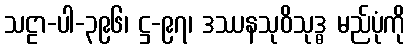
သဠာ-ပါ-၃၉၆၊ ဋ္ဌ-၉၇၊ ဒဿနသုဝိသုဒ္ဓ မည်ပုံကို